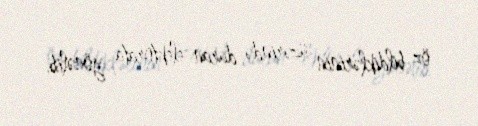
öz bildiklərinin üzərində duran elektorata yönəlib.